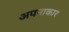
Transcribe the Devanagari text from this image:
अपनाकार